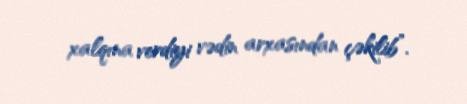
xalqına verdiyi vədin arxasından çəkilib”.